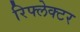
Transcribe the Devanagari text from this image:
रिफ्लेक्‍टर